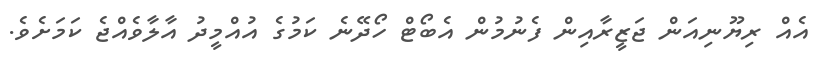
އެއް ރިޔޫނިއަން ޖަޒީރާއިން ފެނުމުން އެބޯޓް ހޯދޭނެ ކަމުގެ އުއްމީދު އާލާވެއްޖެ ކަމަށެވެ.